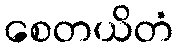
စေတယိတံ